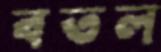
বতল